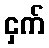
ငှက်